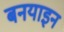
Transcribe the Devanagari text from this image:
बनयाइन